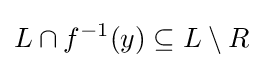
L\cap f^{-1}(y)\subseteq L\setminus R~